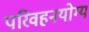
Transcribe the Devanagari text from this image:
परिवहनयोग्य